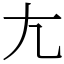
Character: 𡯁